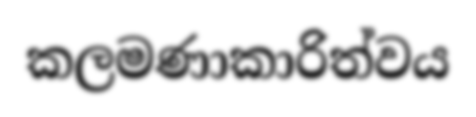
කලමණාකාරිත්වය